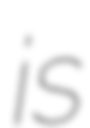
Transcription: is